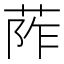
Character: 𦰼